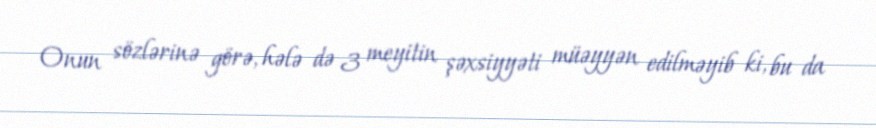
Onun sözlərinə görə, hələ də 3 meyitin şəxsiyyəti müəyyən edilməyib ki, bu da